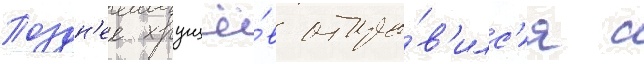
Поздн'ее хрущё́в отпра́в'илс'я с